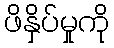
ဖိနှိပ်မှုကို